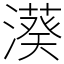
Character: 𣿮